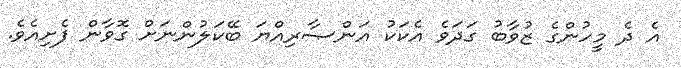
އެ ދެ މީހުންގެ ޒުވާބު ގަދަވެ އެކަކު އަންޞާރިއްޔަ ބޭކަލުންނަށް ގޮވާން ފެށިއެވެ.